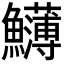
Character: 𩽛